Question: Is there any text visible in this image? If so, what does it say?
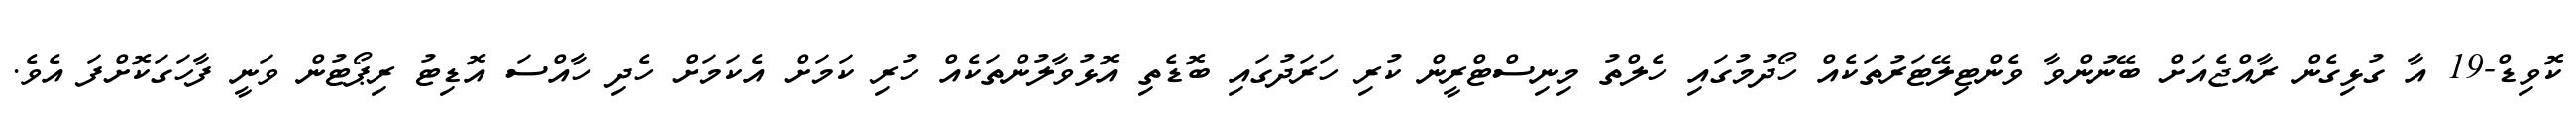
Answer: ކޮވިޑް-19 އާ ގުޅިގެން ރާއްޖެއަށް ބޭނުންވާ ވެންޓިލޭޓަރުތަކެއް ހޯދުމުގައި ހެލްތު މިނިސްޓްރީން ކުރި ހަރަދުގައި ބޮޑެތި އޮޅުވާލުންތަކެއް ހުރި ކަމަށް އެކަމަށް ހެދި ހާއްސަ އޮޑިޓު ރިޕޯޓުން ވަނީ ފާހަގަކޮށްފަ އެވެ.